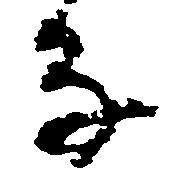
な